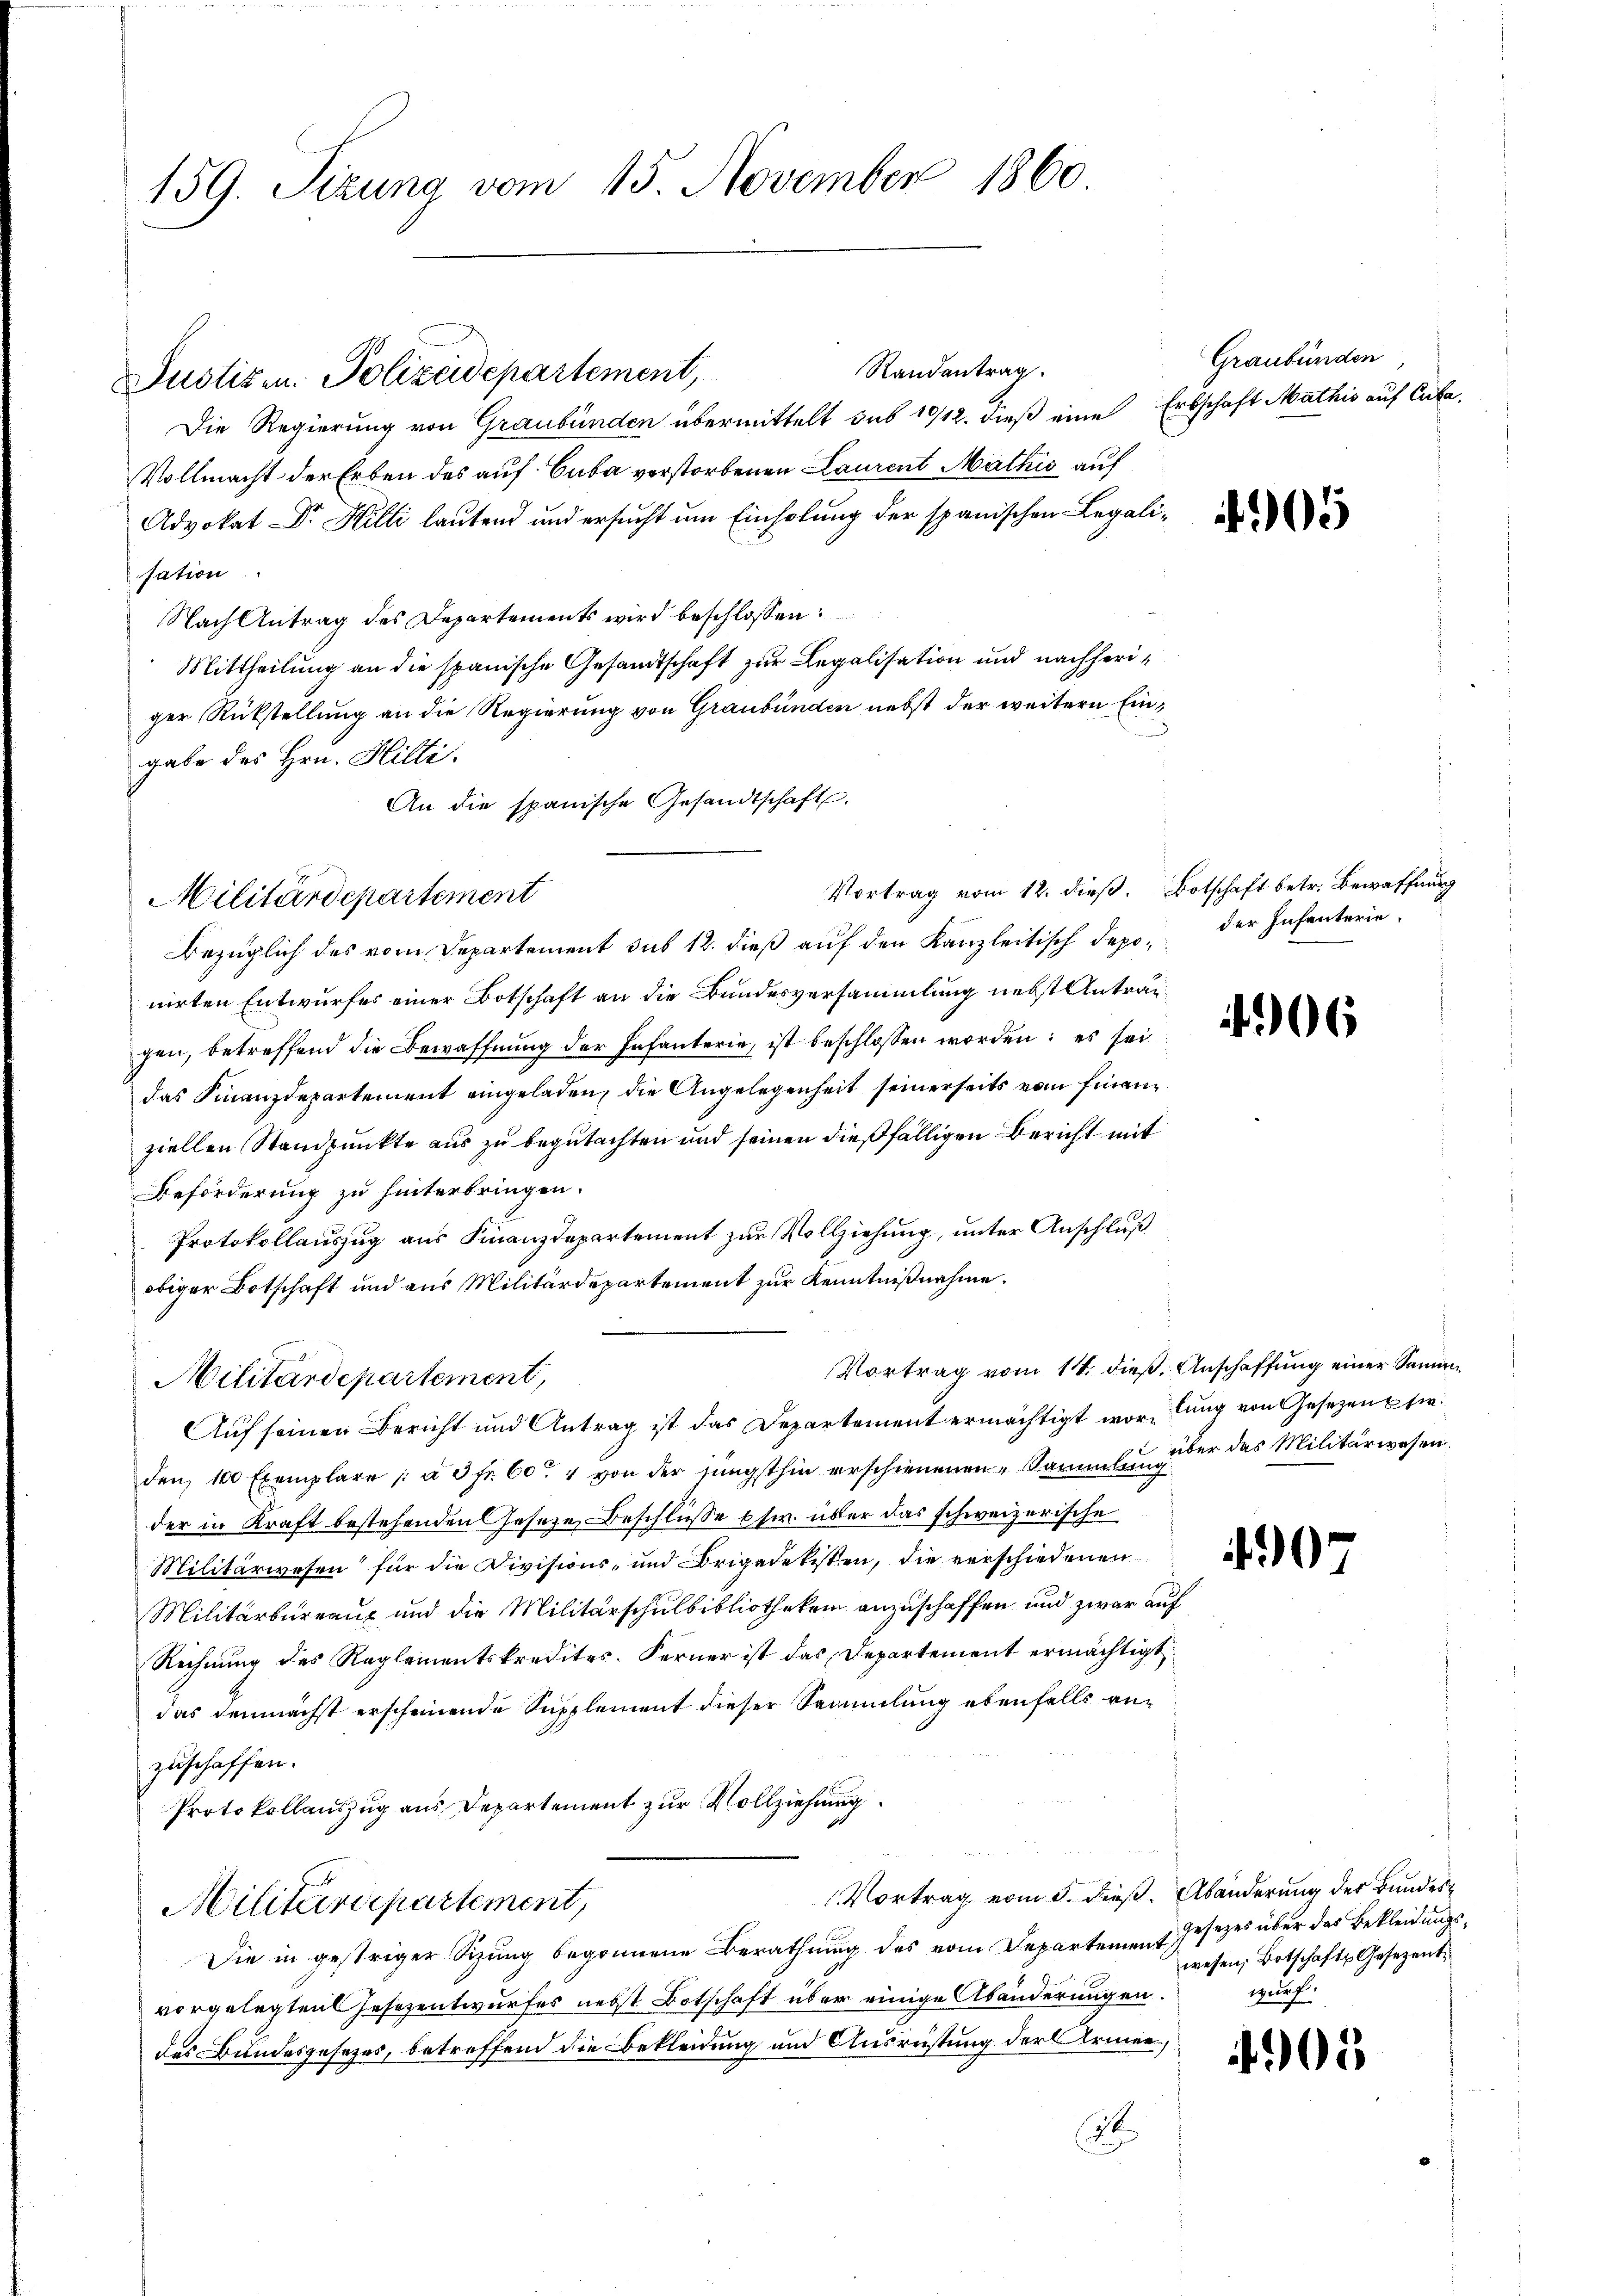
159. Sizung vom 15. November 1860.

Randentrag.
Die Regierung von Graubünden übermittelt sub 10/12. dieß eine Erbschaft Mathis auf Cuba,
Vollmacht der Erben des auf Cuba verstorbenen Laurent Mathis auf
Advokat Dr. Hilli lautend und ersŭcht ŭm Einholŭng der spanischen Legali-
sation
Nach Antrag des Departements wird beschlossen:
Mittheilung an die spanische Gesandtschaft zur Legalisation und nachheriger Rückstellung an die Regierung von Graubünden nebst der weitern Eingabe des Hrn. Hilli.
An die spanische Gesandtschaft.
Vortrag vom 12. dieß. Botschaft betr. Bewaffnung
Bezüglich des vom Departement sub 12. dieß auf den Kanzleitisch depo. der Infanterienirten Entwurfes einer Botschaft an die Bundesversammlung nebst Anträg
gen, betreffend die Bewaffnung der Infanterie, ist beschlossen worden; es sei
das Finanzdepartement eingeladen, die Angelegenheit seinerseits vom Finanziellen Standpunkte aus zu begutachten und seinen dießfälligen Bericht mit
Beförderung zu hinterbringen.
Protokollauszug aus Finanzdepartement zur Vollziehung, unter Anschluß
obiger Botschaft und aus Militärdepartement zur Kenntnißnahme.
Vortrag vom 14. dieß. Anschaffung einer Samm
Militärdepartement,
Auf seinen Bericht und Antrag ist das Departement ermächtigt wortung von Gesetzen si
den, 100 Exemplare / à 3 fr. 604 von der jüngsthin erschienenen Sammlung der das Militärwesen.
der in Kraft bestehenden Gesetze Beschlüße es. über das schweizerische
Militärwesen für die Divisions- und Brigadekessen, die verschiedenen
Militärbureaux und die Militärschulbibliothekein anzuschaffen und zwar auf
Rechnung des Reglementskredites. Ferner ist das Departement ermächtigt
das demnächst erscheinende Supplement dieser Sammlung ebenfalls anzuschaffen.
Protokollauszug aus Departement zur Vollziehung
Vortrag vom 5. dieß. Abänderung der Bundes¬
Militärdepartement,
Die in gestriger Sizung begonnene Berathung des vom Departement gesezes über das Bekleidungsvorgelegten Gesezentwurfes nebst Botschaft über einige Abänderungen.
des Bundesgesetzes, betreffend die Bekleidung und Ausrüstung der Armen,
26

Militärdepartement

Justizen. Polizeidepartement,

Graubünden

406

07

wesen, Botschafts Gesezentwurf

05